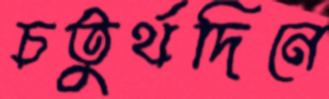
চতুর্থদিনে